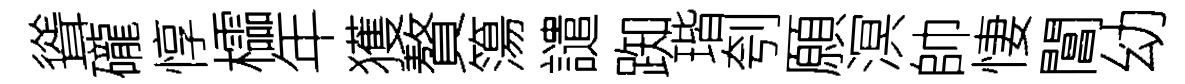
聳礲惇櫺年獲贅簜譴踟瑎刳願溟帥悽閶幼